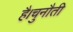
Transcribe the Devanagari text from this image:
है।चुनौती